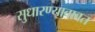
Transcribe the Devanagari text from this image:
सुधारण्याबाबत